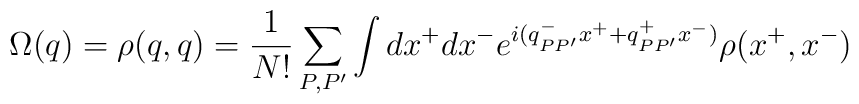
\Omega(q) = \rho(q,q)=\frac1{N!} \sum_{P,P'} \int dx^+ dx^- e^{i(q_{PP'}^- x^++q_{PP'}^+x^-)} \rho(x^+,x^-)